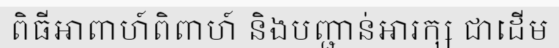
ពិធីអាពាហ៍ពិពាហ៍ និងបញ្ជាន់អារក្ស ជាដើម